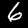
Label: 6